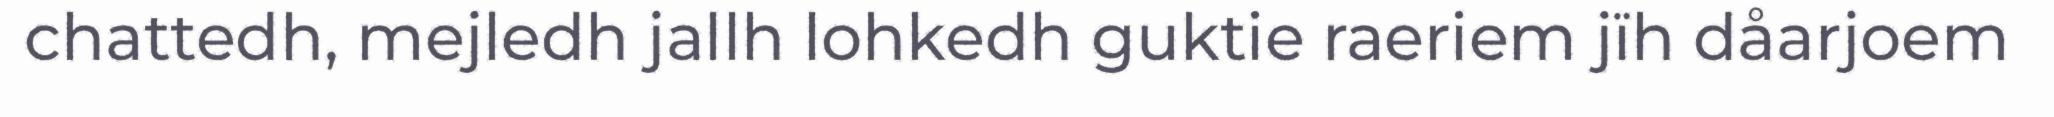
chattedh, mejledh jallh lohkedh guktie raeriem jïh dåarjoem